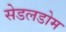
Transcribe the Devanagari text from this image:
सेडलडोम